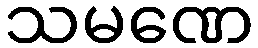
သမဏေ